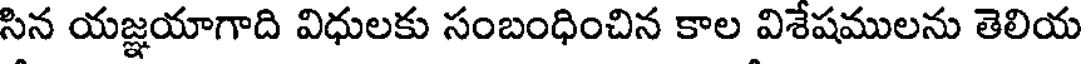
సిన యజ్ఞయాగాది విధులకు సంబంధించిన కాల విశేషములను తెలియ